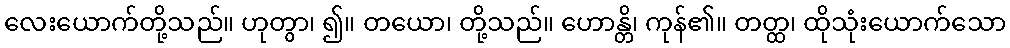
လေးယောက်တို့သည်။ ဟုတွာ၊ ၍။ တယော၊ တို့သည်။ ဟောန္တိ၊ ကုန်၏။ တတ္ထ၊ ထိုသုံးယောက်သော